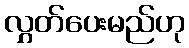
လွှတ်ပေးမည်ဟု